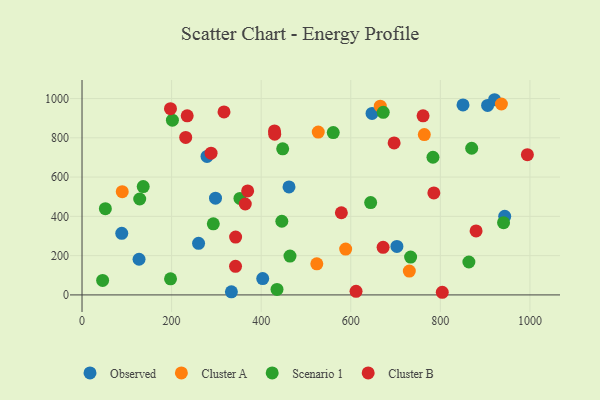
{"axis": {"x": "Price", "y": "Profit"}, "legend": ["Cluster A", "Cluster B", "Observed", "Scenario 1"], "data": [{"x": "703.0", "y": 246.9, "type": "Observed"}, {"x": "260.2", "y": 262.6, "type": "Observed"}, {"x": "905.5", "y": 965.2, "type": "Observed"}, {"x": "298.0", "y": 492.6, "type": "Observed"}, {"x": "921.0", "y": 994.0, "type": "Observed"}, {"x": "403.4", "y": 83.3, "type": "Observed"}, {"x": "333.5", "y": 15.6, "type": "Observed"}, {"x": "462.1", "y": 549.8, "type": "Observed"}, {"x": "647.5", "y": 924.3, "type": "Observed"}, {"x": "88.7", "y": 313.8, "type": "Observed"}, {"x": "850.6", "y": 967.4, "type": "Observed"}, {"x": "279.1", "y": 705.0, "type": "Observed"}, {"x": "943.7", "y": 400.0, "type": "Observed"}, {"x": "127.3", "y": 181.7, "type": "Observed"}, {"x": "524.2", "y": 158.1, "type": "Cluster A"}, {"x": "527.4", "y": 829.3, "type": "Cluster A"}, {"x": "936.3", "y": 972.2, "type": "Cluster A"}, {"x": "89.8", "y": 525.5, "type": "Cluster A"}, {"x": "730.7", "y": 121.2, "type": "Cluster A"}, {"x": "665.9", "y": 961.3, "type": "Cluster A"}, {"x": "764.2", "y": 816.5, "type": "Cluster A"}, {"x": "588.6", "y": 233.3, "type": "Cluster A"}, {"x": "863.7", "y": 167.6, "type": "Scenario 1"}, {"x": "941.1", "y": 367.9, "type": "Scenario 1"}, {"x": "352.6", "y": 491.1, "type": "Scenario 1"}, {"x": "870.0", "y": 747.0, "type": "Scenario 1"}, {"x": "464.3", "y": 197.6, "type": "Scenario 1"}, {"x": "560.9", "y": 826.7, "type": "Scenario 1"}, {"x": "52.1", "y": 439.4, "type": "Scenario 1"}, {"x": "448.0", "y": 743.9, "type": "Scenario 1"}, {"x": "293.1", "y": 362.1, "type": "Scenario 1"}, {"x": "46.0", "y": 73.8, "type": "Scenario 1"}, {"x": "136.6", "y": 551.9, "type": "Scenario 1"}, {"x": "783.5", "y": 701.1, "type": "Scenario 1"}, {"x": "128.8", "y": 488.4, "type": "Scenario 1"}, {"x": "672.5", "y": 929.9, "type": "Scenario 1"}, {"x": "435.3", "y": 28.0, "type": "Scenario 1"}, {"x": "733.6", "y": 192.9, "type": "Scenario 1"}, {"x": "446.1", "y": 375.2, "type": "Scenario 1"}, {"x": "644.4", "y": 470.0, "type": "Scenario 1"}, {"x": "197.6", "y": 82.1, "type": "Scenario 1"}, {"x": "201.8", "y": 889.7, "type": "Scenario 1"}, {"x": "994.3", "y": 714.2, "type": "Cluster B"}, {"x": "317.0", "y": 932.0, "type": "Cluster B"}, {"x": "364.5", "y": 462.9, "type": "Cluster B"}, {"x": "804.3", "y": 13.4, "type": "Cluster B"}, {"x": "342.7", "y": 145.5, "type": "Cluster B"}, {"x": "579.0", "y": 418.3, "type": "Cluster B"}, {"x": "369.8", "y": 529.7, "type": "Cluster B"}, {"x": "342.9", "y": 294.4, "type": "Cluster B"}, {"x": "879.8", "y": 325.6, "type": "Cluster B"}, {"x": "288.1", "y": 721.9, "type": "Cluster B"}, {"x": "761.4", "y": 911.8, "type": "Cluster B"}, {"x": "696.8", "y": 773.9, "type": "Cluster B"}, {"x": "611.8", "y": 18.3, "type": "Cluster B"}, {"x": "672.2", "y": 242.4, "type": "Cluster B"}, {"x": "785.5", "y": 519.6, "type": "Cluster B"}, {"x": "429.7", "y": 835.2, "type": "Cluster B"}, {"x": "197.5", "y": 948.3, "type": "Cluster B"}, {"x": "430.2", "y": 818.7, "type": "Cluster B"}, {"x": "234.8", "y": 911.8, "type": "Cluster B"}, {"x": "231.5", "y": 802.2, "type": "Cluster B"}]}